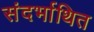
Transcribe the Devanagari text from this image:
संदर्भाथित